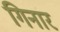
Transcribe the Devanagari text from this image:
गिनार